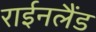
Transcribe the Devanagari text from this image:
राईनलैंड